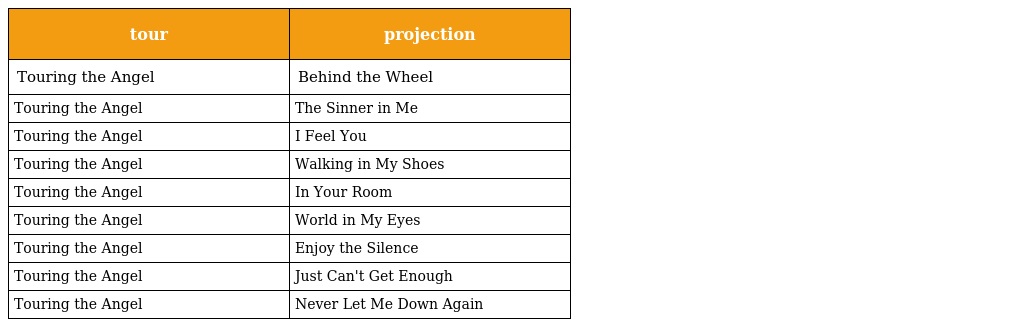
| tour | projection |
 | --- | --- |
 | Touring the Angel | Behind the Wheel |
 | Touring the Angel | The Sinner in Me |
 | Touring the Angel | I Feel You |
 | Touring the Angel | Walking in My Shoes |
 | Touring the Angel | In Your Room |
 | Touring the Angel | World in My Eyes |
 | Touring the Angel | Enjoy the Silence |
 | Touring the Angel | Just Can't Get Enough |
 | Touring the Angel | Never Let Me Down Again |